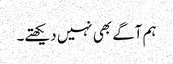
ہم آگے بھی نہیں دیکھتے۔